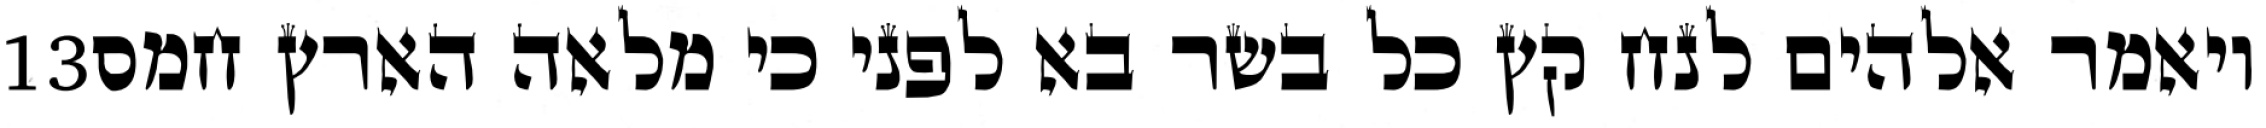
‎13‏ ויאמר אלהים לנח קץ כל בשר בא לפני כי מלאה הארץ חמס